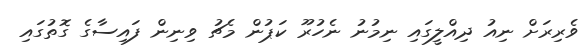
ވެރިރަށް ނިއު ދިއްލީގައި ނިމުނު ނެހުރޫ ކަޕުން މެޗު ވިނިން ފައިސާގެ ގޮތުގައި